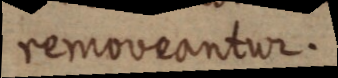
removeantur.